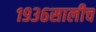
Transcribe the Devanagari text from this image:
१९३६सालीच